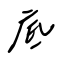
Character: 底